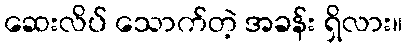
ဆေးလိပ် သောက်တဲ့ အခန်း ရှိလား။